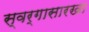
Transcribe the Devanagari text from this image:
स्वर्गासारखा